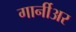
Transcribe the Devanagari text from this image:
गार्नीअर